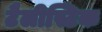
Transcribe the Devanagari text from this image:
टैलीस्टिक